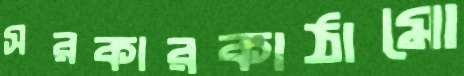
সরকারকাঠামো